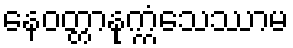
နေဝတ္တာနုက္ကံသေဿာမ